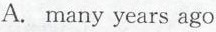
A. many years ago